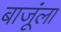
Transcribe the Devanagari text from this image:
बाजूंला